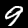
Digit: 9